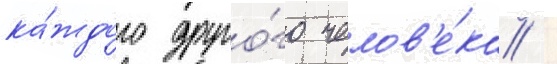
ка́ждого друго́го челов'е́ка /